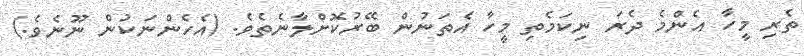
ތެރި މީހާ އެންމެ ދެރަ ނިކަމެތި މީހާ އެތަނުން ބޭރުކޮށްލާނެތެވެ. (އެހެންނަކުން ނޫނެވެ.)